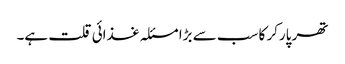
تھر پارکر کا سب سے بڑا مسئلہ غذائی قلت ہے۔